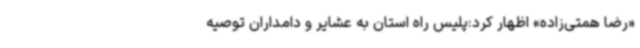
«رضا همتی‌زاده» اظهار کرد:پلیس راه استان به عشایر و دامداران توصیه